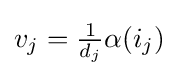
v_{j}={\tfrac {1}{d_{j}}}\alpha (i_{j})